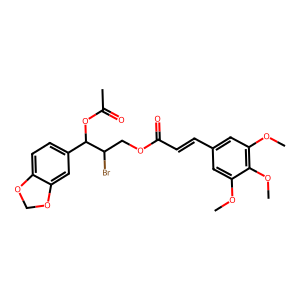
SMILES: COc1cc(C=CC(=O)OCC(Br)C(OC(C)=O)c2ccc3c(c2)OCO3)cc(OC)c1OC
Inhibits HIV replication: No